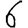
Digit: 6